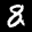
Label: 8